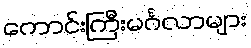
ကောင်းကြီးမင်္ဂလာများ